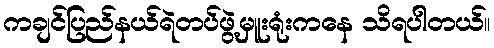
ကချင်ပြည်နယ်ရဲတပ်ဖွဲ့မှူးရုံးကနေ သိရပါတယ်။